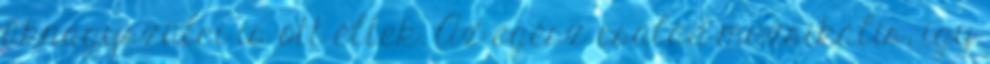
üknagyszülei is ott éltek. Az egész család muzsikális, így